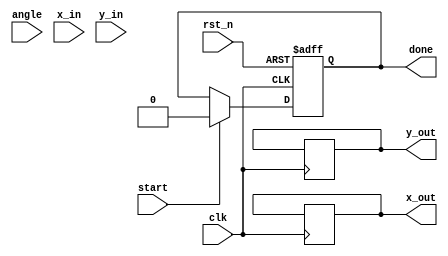
module pipelined_cordic (
    input wire clk,
    input wire rst_n,
    input wire start,
    input wire [15:0] angle, // Fixed-point representation of angle 
    input wire [15:0] x_in,  // Initial X coordinate
    input wire [15:0] y_in,  // Initial Y coordinate
    output reg [15:0] x_out,  // Rotated X coordinate
    output reg [15:0] y_out,  // Rotated Y coordinate
    output reg done          // Completion signal
);

    // CORDIC Parameters
    parameter NUM_STAGES = 16; // Number of stages
    parameter K = 16'h26DD; // Scaling factor (approx. 0.607)

    reg [15:0] x [0:NUM_STAGES-1]; // Pipeline registers for X
    reg [15:0] y [0:NUM_STAGES-1]; // Pipeline registers for Y
    reg [15:0] z [0:NUM_STAGES-1]; // Pipeline registers for angle
    
    reg [3:0] stage; // Current stage
    reg [15:0] angle_table [0:NUM_STAGES-1]; // Lookup table for arctan(2^-i)

    // Initialize arctan values (fixed-point)
    initial begin
        angle_table[0] = 16'h2000; // atan(1) = 45 degrees
        angle_table[1] = 16'h1400; // atan(0.5) = 26.565 degrees
        angle_table[2] = 16'h0A00; // atan(0.25) = 14.036 degrees
        // Fill in other values as needed...
    end

    // Sequential logic for the pipeline
    always @(posedge clk or negedge rst_n) begin
        if (!rst_n) begin
            stage <= 0;
            done <= 0;
            x[0] <= 0;
            y[0] <= 0;
            z[0] <= 0;
        end else if (start) begin
            // Load initial values
            x[0] <= x_in;
            y[0] <= y_in;
            z[0] <= angle;
            stage <= 0;
            done <= 0;
        end else if (stage < NUM_STAGES) begin
            // CORDIC rotation
            if (z[stage] >= 0) begin
                x[stage + 1] <= x[stage] + (y[stage] >> stage);
                y[stage + 1] <= y[stage] - (x[stage] >> stage);
                z[stage + 1] <= z[stage] - angle_table[stage];
            end else begin
                x[stage + 1] <= x[stage] - (y[stage] >> stage);
                y[stage + 1] <= y[stage] + (x[stage] >> stage);
                z[stage + 1] <= z[stage] + angle_table[stage];
            end
            
            // Move to the next stage
            stage <= stage + 1;
        end else if (stage == NUM_STAGES) begin
            // Final output
            x_out <= x[NUM_STAGES];
            y_out <= y[NUM_STAGES];
            done <= 1; // Signal completion
        end
    end

endmodule